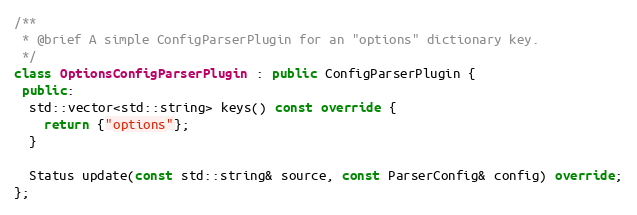
Language: C++
/**
 * @brief A simple ConfigParserPlugin for an "options" dictionary key.
 */
class OptionsConfigParserPlugin : public ConfigParserPlugin {
 public:
  std::vector<std::string> keys() const override {
    return {"options"};
  }

  Status update(const std::string& source, const ParserConfig& config) override;
};